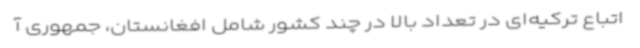
اتباع ترکیه‌ای در تعداد بالا در چند کشور شامل افغانستان، جمهوری آ